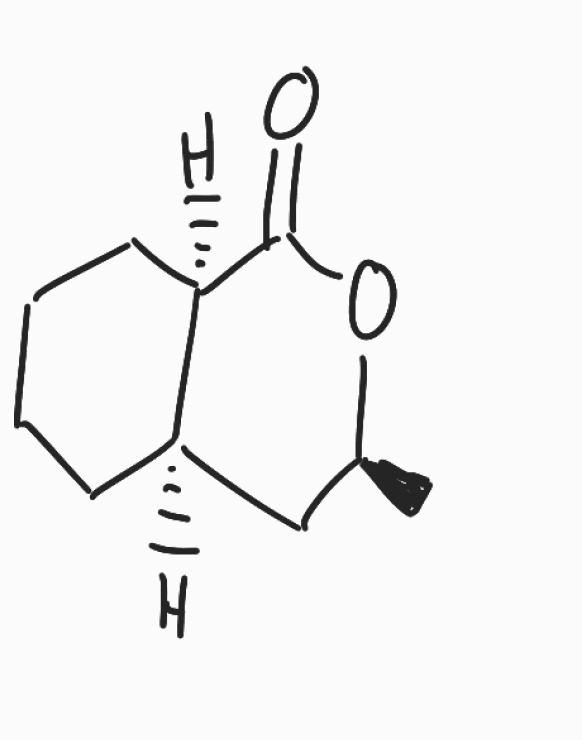
Simplified molecular-input line-entry system (SMILES) notation of the given molecule:
C[C@H]1C[C@H]2CCCC[C@H]2C(=O)O1